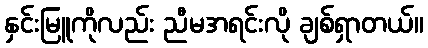
နှင်းမြူကိုလည်း ညီမအရင်းလို ချစ်ရှာတယ်။